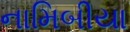
નામિબીયા